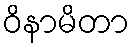
ဝိနာမိတာ